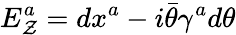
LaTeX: E_{\mathcal{Z}}^{a}=dx^{a}-i\bar{{\theta}}\gamma^{a}d\theta